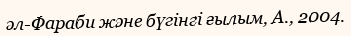
әл-Фараби және бүгінгі ғылым, А., 2004.